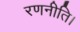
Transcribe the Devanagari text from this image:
रणनीति।